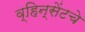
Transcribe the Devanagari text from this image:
व्हिन्सेंटचे